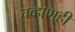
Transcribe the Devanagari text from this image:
चव्हाणही